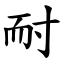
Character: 耐